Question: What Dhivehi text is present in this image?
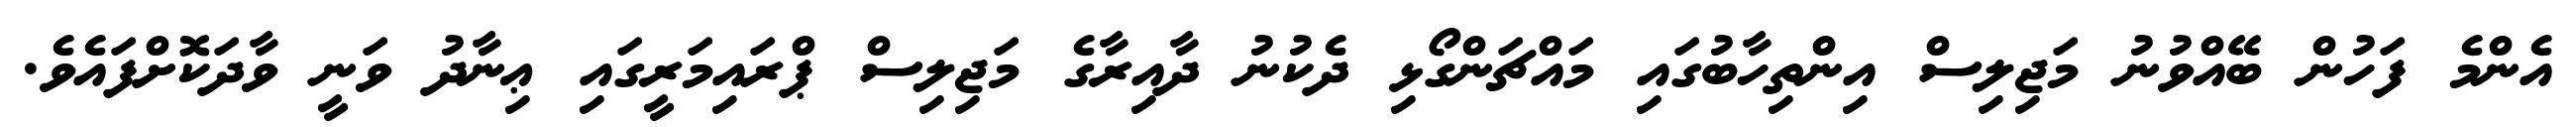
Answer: އެންމެ ފަހުން ބޭއްވުނު މަޖިލިސް އިންތިހާބުގައި މައްޗަންގޯޅި ދެކުނު ދާއިރާގެ މަޖިލިސް ޕްރައިމަރީގައި ޢިނާދު ވަނީ ވާދަކޮށްފައެވެ.